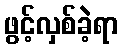
ဖွင့်လှစ်ခဲ့ရာ